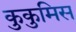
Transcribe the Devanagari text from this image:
कुकुमिस